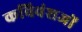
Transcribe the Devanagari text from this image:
कविवंशजों